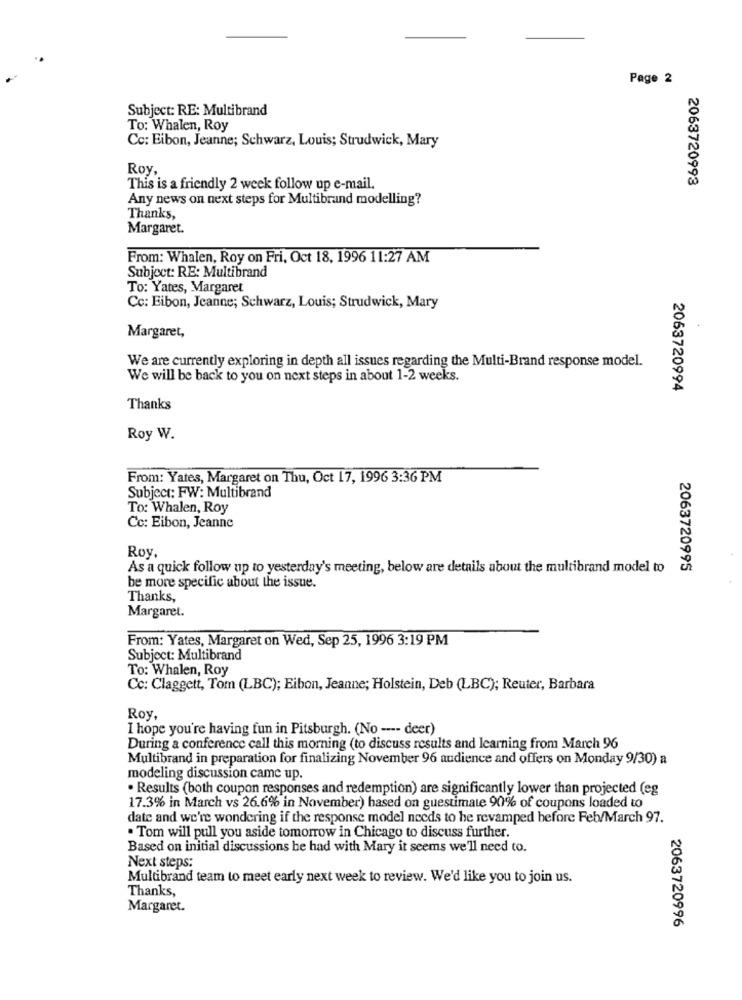
Page 2
Subject: RE: Multibrand
To: Whalen, Roy
Cc: Eibon, Jeanne; Schwarz, Louis; Strudwick, Mary
Roy,
2063720993
This is a friendly 2 week follow up e-mail.
Any news on next steps for Multibrand modelling?
Thanks,
Margaret.
From: Whalen, Roy on Fri, Oct 18, 1996 11:27 AM
Subject: RE: Multibrand
To: Yates, Margaret
Cc: Eibon, Jeanne; Schwarz, Louis; Strudwick, Mary
Margaret,
We are currently exploring in depth all issues regarding the Multi-Brand response model.
We will be back to you on next steps in about 1-2 weeks.
2063720994
Thanks
Roy W.
From: Yates, Margaret on Thu, Oct 17, 1996 3:36 PM
Subject: FW: Multibrand
To: Whalen, Roy
Cc: Eibon, Jeanne
Roy.
As a quick follow up to yesterday's meeting, below are details about the multibrand model to
2063720995
be more specific about the issue.
Thanks,
Margaret.
From: Yates, Margaret on Wed, Sep 25, 1996 3:19 PM
Subject: Multibrand
To: Whalen, Roy
Cc: Claggett, Tom (LBC); Eibon, Jeanne; Holstein, Deb (LBC); Reuter, Barbara
Roy,
I hope you're having fun in Pitsburgh. (No --- deer)
During a conference call this morning (to discuss results and learning from March 96
Multibrand in preparation for finalizing November 96 audience and offers on Monday 9/30) a
modeling discussion came up.
· Results (both coupon responses and redemption) are significantly lower than projected (eg
17.3% in March vs 26.6% in November) based on guestimate 90% of coupons loaded to
date and we're wondering if the response model needs to be revamped before Feb/March 97.
. Tom will pull you aside tomorrow in Chicago to discuss further.
Based on initial discussions be had with Mary it seems we'll need to.
Next steps:
Multibrand team to meet early next week to review. We'd like you to join us.
Thanks,
Margaret.
2063720996